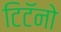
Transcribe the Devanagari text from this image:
टिटॅनो